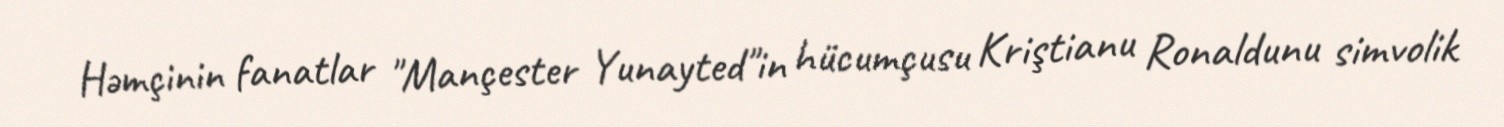
Həmçinin fanatlar "Mançester Yunayted"in hücumçusu Kriştianu Ronaldunu simvolik